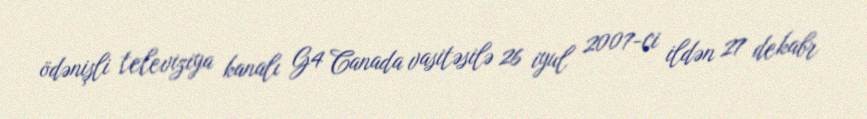
ödənişli televiziya kanalı G4 Canada vasitəsilə 26 iyul 2007-ci ildən 27 dekabr